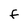
Character: F